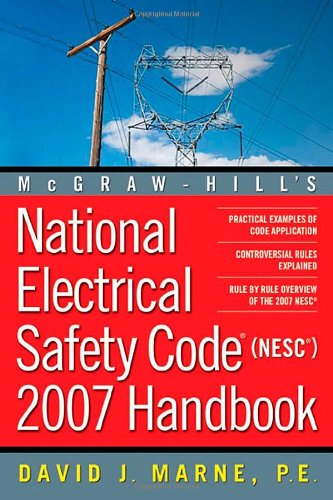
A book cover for National Electrical Safety Code (NESC) 2007 Handbook; David J. Marne; Law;